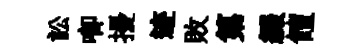
訟唧擾迹敗第綴饘